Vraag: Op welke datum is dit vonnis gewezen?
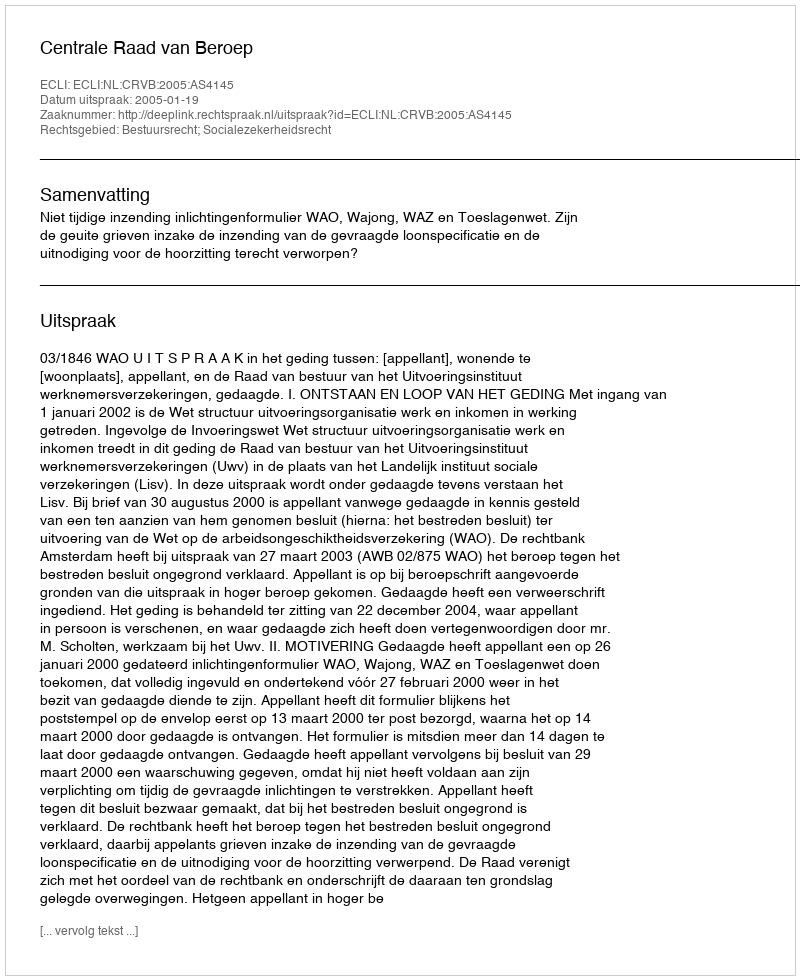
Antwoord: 2005-01-19